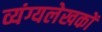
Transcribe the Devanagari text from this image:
व्यंग्यलेखकों